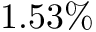
1 . 5 3 \%